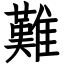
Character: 難